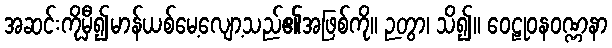
အဆင်းကိုမှီ၍မာန်ယစ်မေ့လျော့သည်၏အဖြစ်ကို။ ဉတွာ၊ သိ၍။ ဝေဠုဝနဝဏ္ဏနာ